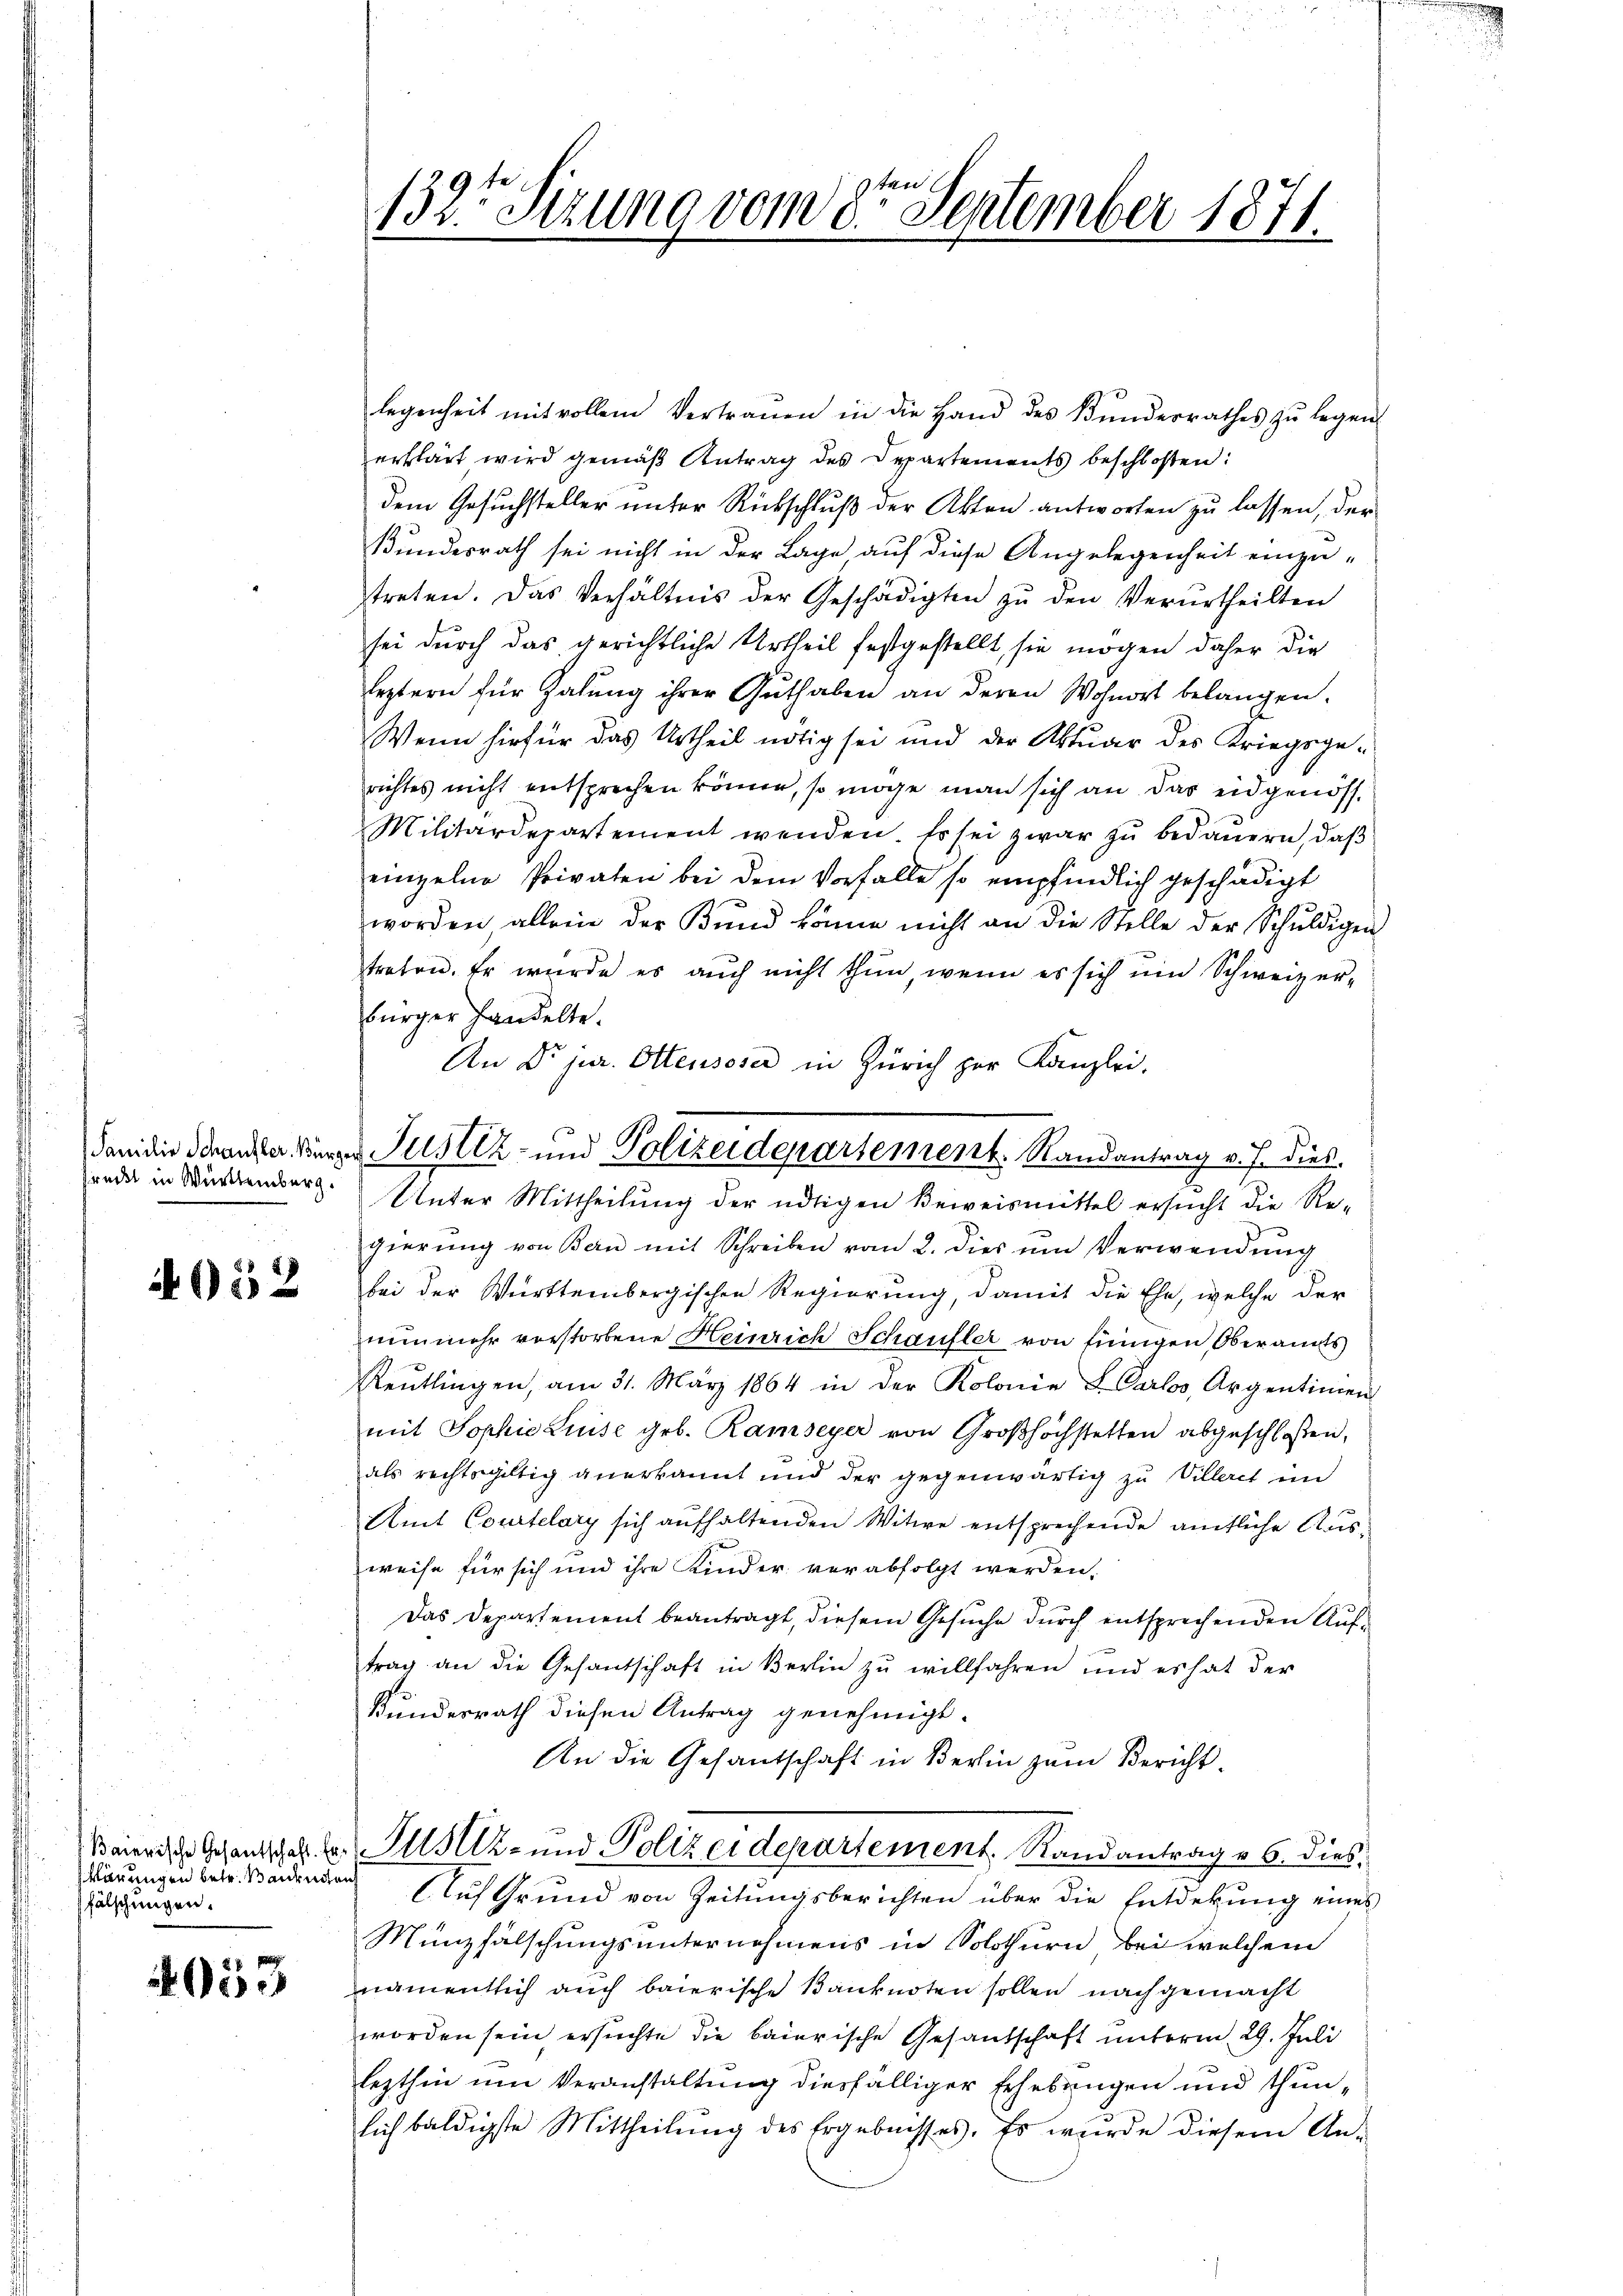
reckt in Württemberg.

4052

klärungen betr. Banknoten
fälschungen.

053

132te Sizung vom 8ten September 1871.

danidio Brander Bürger Justiz- und Polizeidepartement. Randantrag v. J. dies

legenheit mit vollem Vertrauen in die Hand des Kŭndesrathes zŭ legen
erklärt wird gemäß Antrag des Departements beschloßen:
dem Gesuchsteller unter Rückschluß der Akten antworten zu lassen, der
Bundesrath sei nicht in der Lage auf diese Angelegenheit einzutreten. Das Verhältnis der Geschädigten zu den Verurtheilten
sei durch das gerichtliche Urtheil festgestellt, sie mögen daher die
leztern für Zahung ihrer Guthaben an deren Wohnort belangen.
Wenn hiefür das Urtheil nötig sei und der Aktuar des Kriegsgerichtes nicht entsprechen könne, so möge man sich an das eidgenöss.
Militärdepartement wenden. Es sei zwar zŭ bedauern, daß
einzelne Privaten bei dem Vorfalle so empfindlich geschädigt
worden allein der Bund könne nicht an die Stelle der Schuldigen
treten. Er würde es aŭch nicht thun, wenn es sich ŭm Schweizer-
bürger handelte.
An Dr. jur. Ottensoser in Zürich zur Kanzlei.
Unter Mittheilung der nötigen Beweismittel ersucht die Re-
gierung von Bern mit Schreiben vom 2. dies ŭm Verwendung
bei der Württembergischen Regierung, damit die Ehe, welche der
nunmehr verstorbene Heinrich Schaufler von einigen Oberamts
Reŭtlingen, am 31. März 1864 in der Kolonie L. Carlos, Argentinien
mit Sophie Luise geb. Ramseyer von Großhöchstetten abgeschlossen,
als rechtsgültig anerkannt und der gegenwärtig zu Villeret im
Amt Courtelary sich aufhaltenden Witwe entsprechende amtliche Ausweise für sich und ihre Kinder verabfolgt werden.
Das Departement beantragt, diesem Gesŭche dŭrch entsprechenden Aŭf-
trag an die Gesantschaft in Berlin zu willfahren und es hat der
Kundesrath diesen Antrag genehmigt.
An die Gesantschaft in Berlin zum Bericht.
Beieres Gesandschaf t Justiz- und Polizeidepartement, Randantrag v. 6. dies¬
Auf Grund von Zeitungsberichten über die Entdekung eines
Münzfälschungsunternehmens in Solothurn bei welchem
namentlich auch baierische Banknoten sollen nach gemacht
worden sein ersuchte die baierische Gesandschaft unterm 29. Juli
lezthin um Veranstaltung diesfälliger Erhebungen und thunlich baldigste Mittheilŭng des Ergebnisses. Es wurde diesem An-